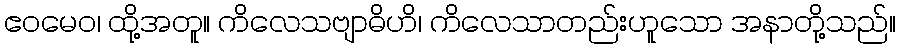
ဧဝမေဝ၊ ထို့အတူ။ ကိလေသဗျာဓိဟိ၊ ကိလေသာတည်းဟူသော အနာတို့သည်။